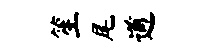
笙尾遒